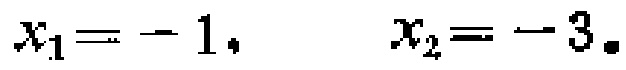
\(x_{1} = - 1, \quad x_{2} = - 3.\)